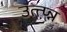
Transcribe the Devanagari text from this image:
उत्त्प्न्न